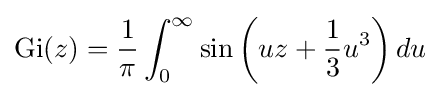
{\rm {Gi}}(z)={\frac {1}{\pi }}\int _{0}^{\infty }{\rm {sin}}\left(uz+{\frac {1}{3}}u^{3}\right)du